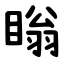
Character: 瞈